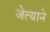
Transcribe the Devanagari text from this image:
जेत्याने